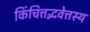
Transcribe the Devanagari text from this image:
किंचित्तद्भवेत्तस्य